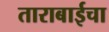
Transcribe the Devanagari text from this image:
ताराबाईचा